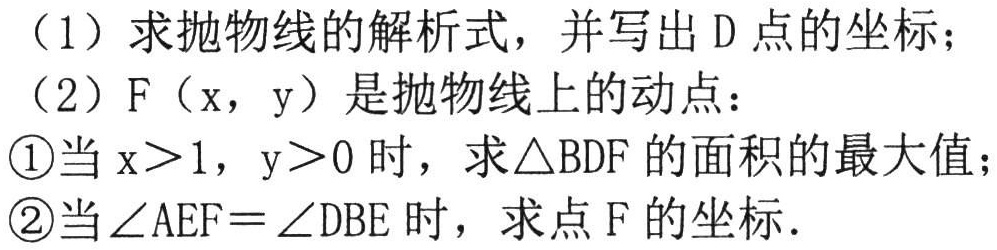
（1）求抛物线的解析式，并写出 D 点的坐标；
（2）F（x，y）是抛物线上的动点：
\textcircled{1}当 \(x > 1\)，\(y > 0\) 时，求 \(\triangle BDF\) 的面积的最大值；
\textcircled{2}当 \(\angle AEF=\angle DBE\) 时，求点 F 的坐标．